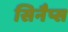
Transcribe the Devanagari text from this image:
सिनैप्स